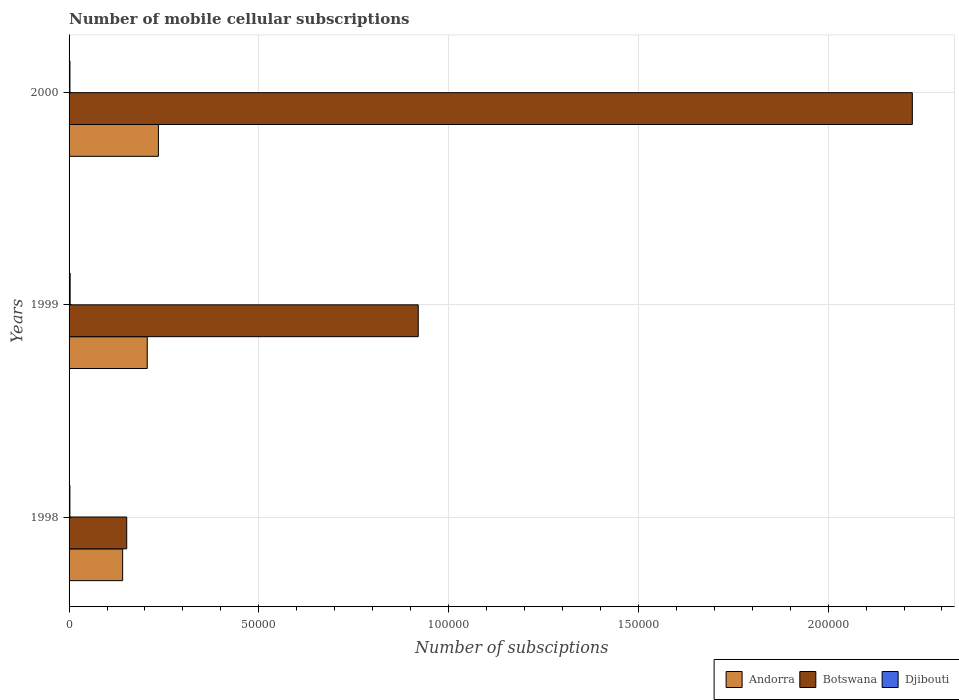
| Years | Andorra | Botswana | Djibouti |
 | --- | --- | --- | --- |
 | 1998 | 1.41e+04 | 1.52e+04 | 220 |
 | 1999 | 2.06e+04 | 9.2e+04 | 280 |
 | 2000 | 2.35e+04 | 2.22e+05 | 230 |